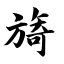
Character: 旖